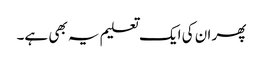
پھر ان کی ایک تعلیم یہ بھی ہے۔